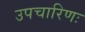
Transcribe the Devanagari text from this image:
उपचारिणः